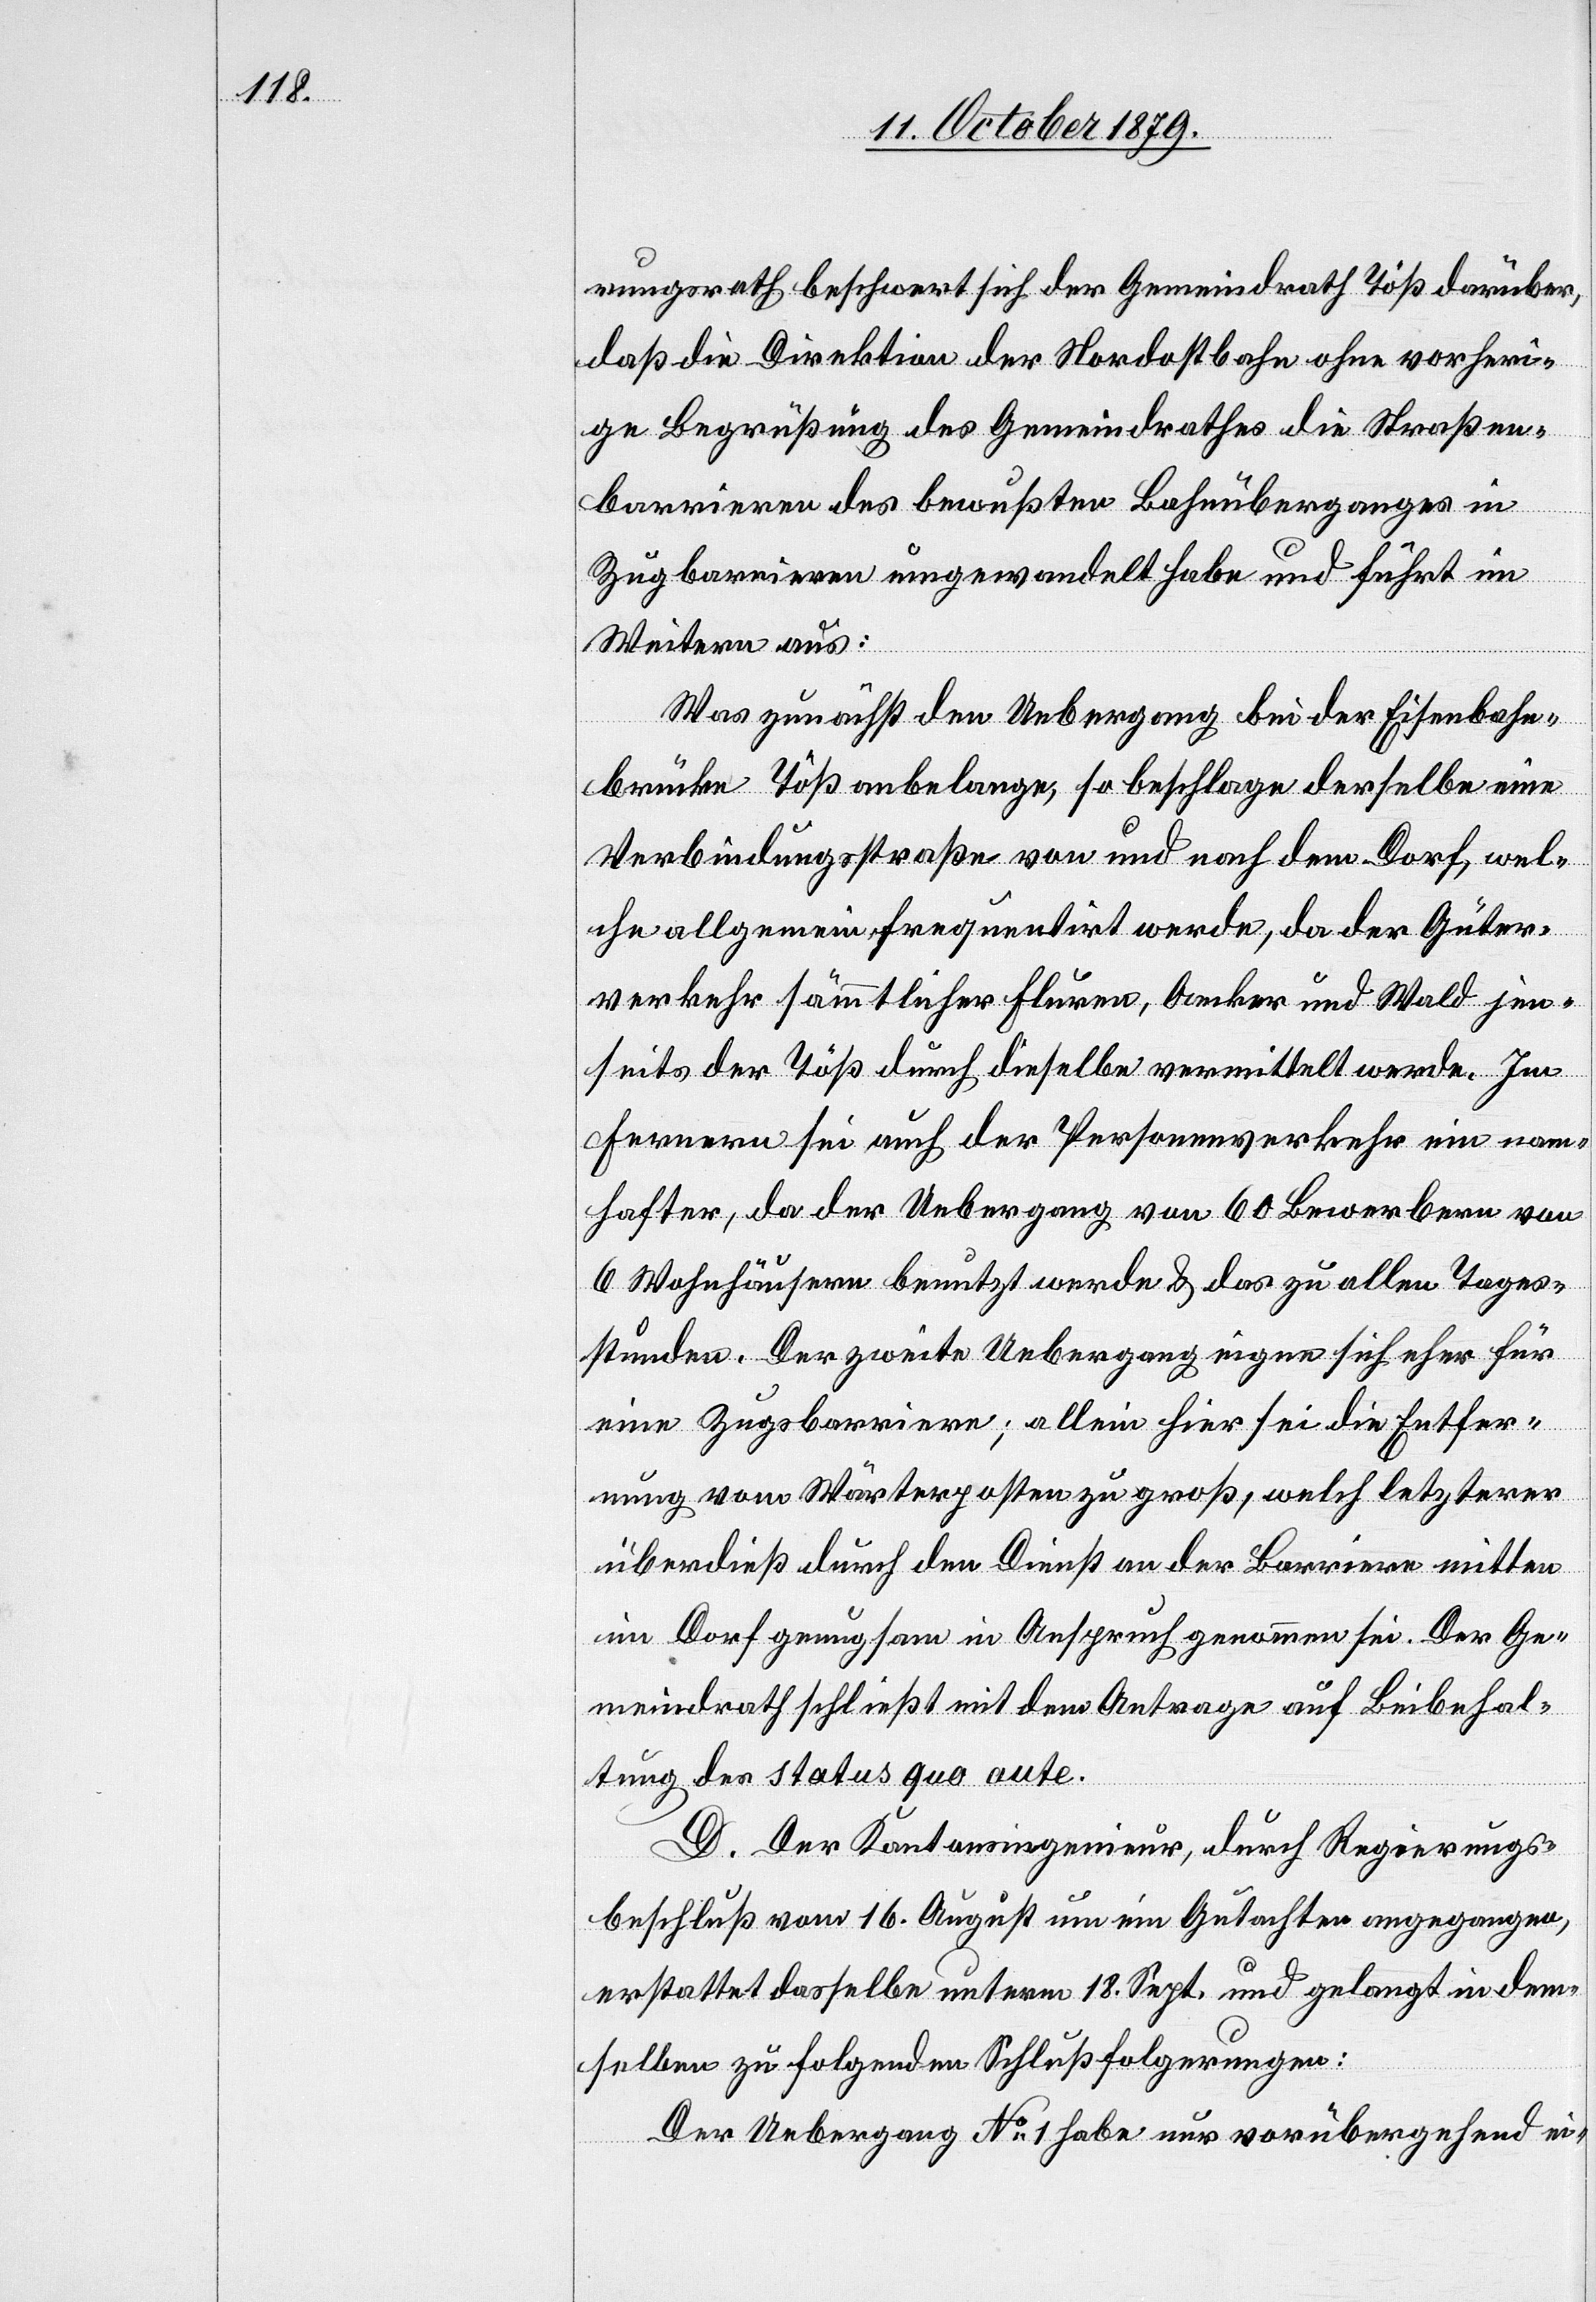
rungsrath beschwert sich der Gemeindrath Töß darüber,
daß die Direktion der Nordostbahn ohne vorheri¬
ge Begrüßung des Gemeindrathes die Straßen¬
barrieren des bewußten Bahnüberganges in
Zugbarrieren umgewandelt habe und führt im
Weitern aus:
Was zunächst den Uebergang bei der Eisenbahn¬
brücke Töß anbelange, so beschlage derselbe eine
Verbindungsstraße von und nach dem Dorf, wel¬
che allgemein frequentirt werde, da der Güter¬
verkehr sämtlicher Fluren, Aecker und Wald jen¬
seits der Töß durch dieselbe vermittelt werde. Im
Fernern sei auch der Personenverkehr ein nam¬
hafter, da der Uebergang von 60 Bewerbern und
6 Wohnhäusern benutzt werde & das zu allen Tages¬
stunden. Der zweite Uebergang eigne sich eher für
eine Zugbarriere; allein hier sei die Entfer¬
nung vom Wärterposten zu groß, welch letzterer
überdieß durch den Dienst an der Barriere mitten
im Dorf genügsam in Anspruch genommen sei. Der Ge¬
meindrath schließt mit dem Antrage auf Beibehal¬
tung des Status quo ante.
D. Der Kantonsingenieur, durch Regierungs¬
beschluß vom 16. August um ein Gutachten angegangen,
erstattet dasselbe unterm 18. Sept. und gelangt in dem¬
selben zu folgenden Schlußfolgerungen:
Der Uebergang No 1 habe nur vorübergehend ei-